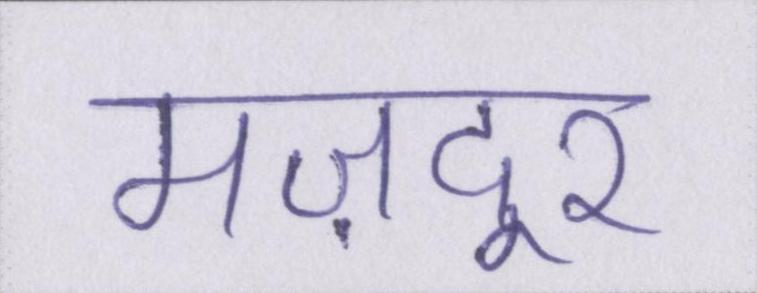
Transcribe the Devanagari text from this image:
मज़दूर